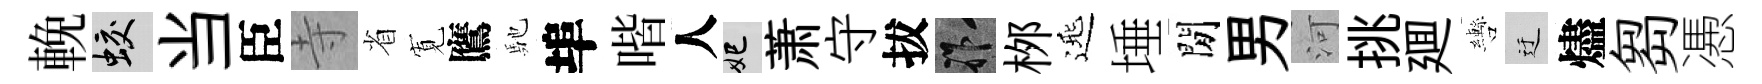
輓蛟当臣寺省𡩖鷹馳埠喈人妃萧守拔祚桞𨓱埵閒男河挑廽轡迂燼芻慿